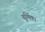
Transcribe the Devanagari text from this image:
चूर्णिका